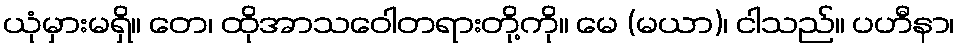
ယုံမှားမရှိ။ တေ၊ ထိုအာသဝေါတရားတို့ကို။ မေ (မယာ)၊ ငါသည်။ ပဟီနာ၊